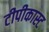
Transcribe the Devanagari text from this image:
टीपीकास्ट